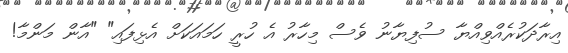
އިރާދަކުރެއްވިއްޔާ ސުފިޔާނު ވެސް މިހާރު އެ ހުރީ ހަމައަކަށް އެޅިފައި" "އާން މަންމާ!